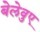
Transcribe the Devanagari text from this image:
बेलेवुए